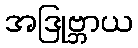
အဒြုဗ္ဘာယ